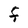
Character: F